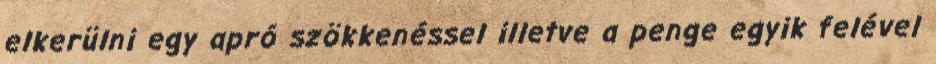
elkerülni egy apró szökkenéssel illetve a penge egyik felével